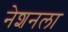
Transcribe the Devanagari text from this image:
नेशनला